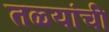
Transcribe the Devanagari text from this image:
तळ्यांची